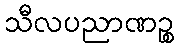
သီလပညာဏဉ္စ